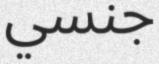
جنسي